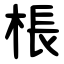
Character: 棖